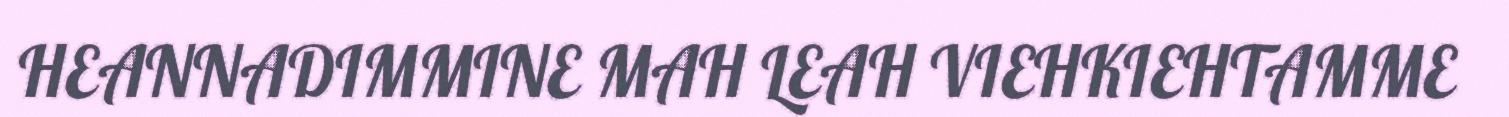
HEANNADIMMINE MAH LEAH VIEHKIEHTAMME